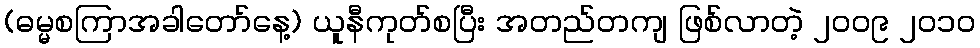
(ဓမ္မစကြာအခါတော်နေ့) ယူနီကုတ်စပြီး အတည်တကျ ဖြစ်လာတဲ့ ၂၀၀၉ ၂၀၁၀